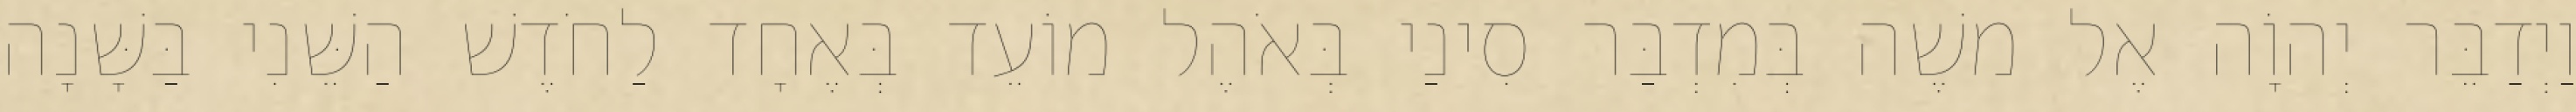
וַיְדַבֵּר יְהוָֹה אֶל משֶׁה בְּמִדְבַּר סִינַי בְּאֹהֶל מוֹעֵד בְּאֶחָד לַחֹדֶשׁ הַשֵּׁנִי בַּשָּׁנָה